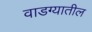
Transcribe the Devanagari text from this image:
वाडग्यातील